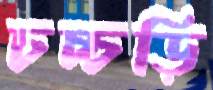
চচ্চড়ি